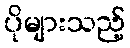
ပိုများသည့်